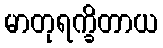
မာတုရက္ခိတာယ